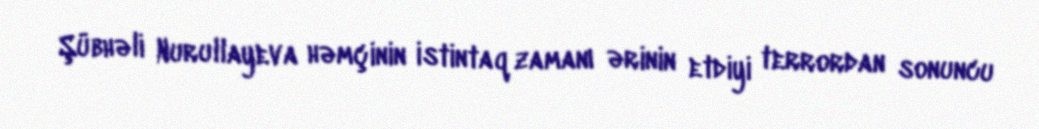
Şübhəli Nurullayeva həmçinin istintaq zamanı ərinin etdiyi terrordan sonuncu